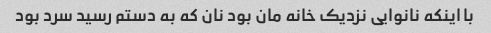
با اینکه نانوایی نزدیک خانه مان بود نان که به دستم رسید سرد بود